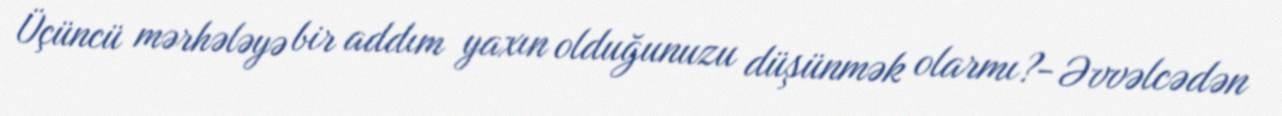
Üçüncü mərhələyə bir addım yaxın olduğunuzu düşünmək olarmı?- Əvvəlcədən